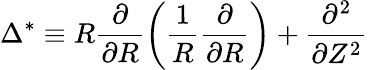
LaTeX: \Delta^{*}\equiv R\frac{\partial}{\partial R}\left(\frac{1}{R}\frac{\partial}{\partial R}\right)+\frac{\partial^{2}}{\partial Z^{2}}